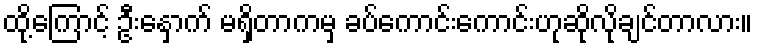
ထို့ကြောင့် ဦးနှောက် မရှိတာကမှ ခပ်ကောင်းကောင်းဟုဆိုလိုချင်တာလား။